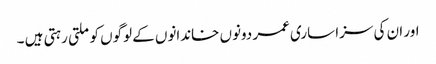
اور ان کی سزا ساری عمر دونوں خاندانوں کے لوگوں کو ملتی رہتی ہیں ۔